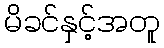
မိခင်နှင့်အတူ